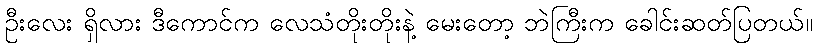
ဦးလေး ရှိလား ဒီကောင်က လေသံတိုးတိုးနဲ့ မေးတော့ ဘဲကြီးက ခေါင်းဆတ်ပြတယ်။